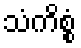
သံကိစ္စံ